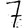
Digit: 7